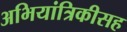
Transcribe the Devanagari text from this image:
अभियांत्रिकीसह